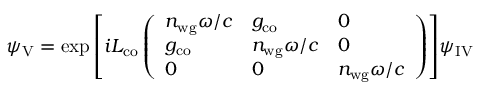
\psi _ { \mathrm { V } } = \exp { \left[ i L _ { \mathrm { c o } } \left( \begin{array} { l l l } { n _ { \mathrm { w g } } \omega / c } & { g _ { \mathrm { c o } } } & { 0 } \\ { g _ { \mathrm { c o } } } & { n _ { \mathrm { w g } } \omega / c } & { 0 } \\ { 0 } & { 0 } & { n _ { \mathrm { w g } } \omega / c } \end{array} \right) \right] } \psi _ { \mathrm { I V } }